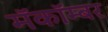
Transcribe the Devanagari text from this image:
मॅकॉम्बर